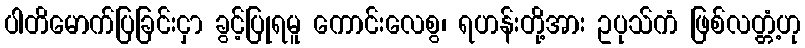
ပါတိမောက်ပြခြင်းငှာ ခွင့်ပြုရမူ ကောင်းလေစွ၊ ရဟန်းတို့အား ဥပုသ်ကံ ဖြစ်လတ္တံ့ဟု